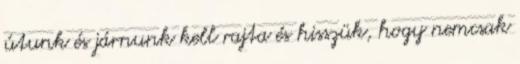
útunk és járnunk kell rajta és hisszük, hogy nemcsak